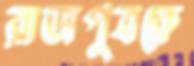
রাজপুত্রকে